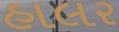
હાલર